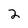
Character: 2